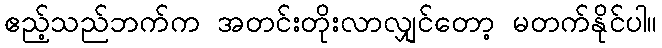
ဧည့်သည်ဘက်က အတင်းတိုးလာလျှင်တော့ မတက်နိုင်ပါ။